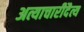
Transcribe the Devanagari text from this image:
अत्याचारीदैत्य